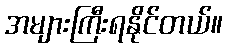
အများကြီးရနိုင်တယ်။